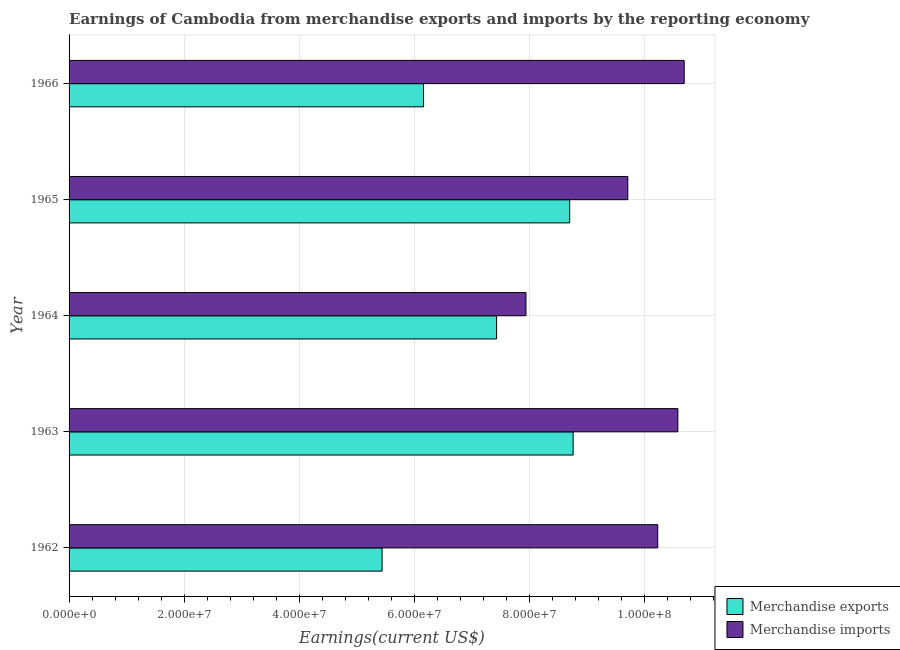
| Year | Merchandise exports | Merchandise imports |
 | --- | --- | --- |
 | 1962 | 5.44e+07 | 1.02e+08 |
 | 1963 | 8.76e+07 | 1.06e+08 |
 | 1964 | 7.43e+07 | 7.94e+07 |
 | 1965 | 8.7e+07 | 9.71e+07 |
 | 1966 | 6.16e+07 | 1.07e+08 |